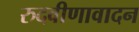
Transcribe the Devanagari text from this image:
रुदवीणावादन